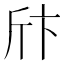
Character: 𰕞